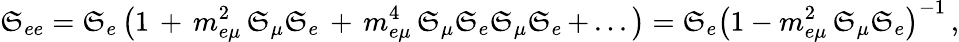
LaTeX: \mathfrak{S}_{ee}=\mathfrak{S}_{e}\left(1\, +\, m_{e\mu}^{2}\, \mathfrak{S}_{\mu}\mathfrak{S}_{e}\, +\, m_{e\mu}^{4}\, \mathfrak{S}_{\mu}\mathfrak{S}_{e}\mathfrak{S}_{\mu}\mathfrak{S}_{e}\, +\, ...\right)=\mathfrak{S}_{e}\left(1-m_{e\mu}^{2}\, \mathfrak{S}_{\mu}\mathfrak{S}_{e}\right)^{-1}\, ,